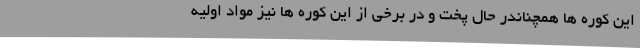
این کوره ها همچناندر حال پخت و در برخی از این کوره ها نیز مواد اولیه